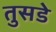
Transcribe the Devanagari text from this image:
तुसडे